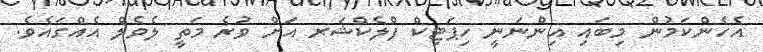
އެހެންކަމުން މިބައި އިންނަނީ ހިޕަޓިކް ފްލެކްޝަރ އަށް ވުރެ މަތީ ލެވެލް އެއްގައެވެ.